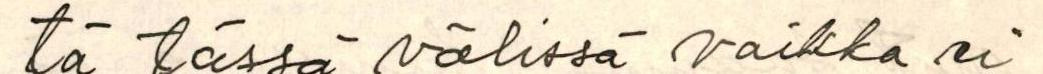
tä tässä välissä vaikka ei